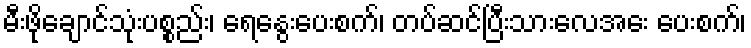
မီးဖိုချောင်သုံးပစ္စည်း၊ ရေနွေးပေးစက်၊ တပ်ဆင်ပြီးသားလေအေး ပေးစက်၊